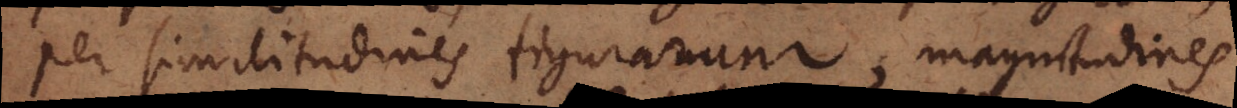
per similitudines figurarum, magnitudines